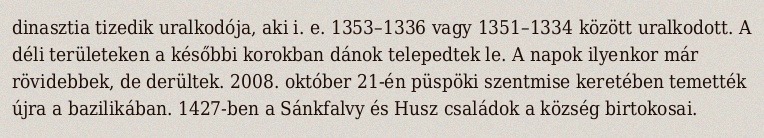
dinasztia tizedik uralkodója, aki i. e. 1353–1336 vagy 1351–1334 között uralkodott. A déli területeken a későbbi korokban dánok telepedtek le. A napok ilyenkor már rövidebbek, de derültek. 2008. október 21-én püspöki szentmise keretében temették újra a bazilikában. 1427-ben a Sánkfalvy és Husz családok a község birtokosai.